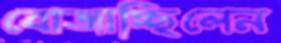
বোজাচ্ছিলেন